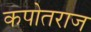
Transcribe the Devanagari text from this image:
कपोतराज